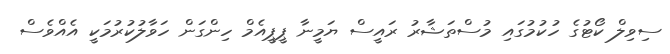
ސިވިލް ކޯޓުގެ ހުކުމުގައި މުސްތަޝާރު ރައީސް ޔަމީނާ ޕީޕީއެމް ހިންގަން ހަވާލުކުރުމަކީ އެއްވެސް